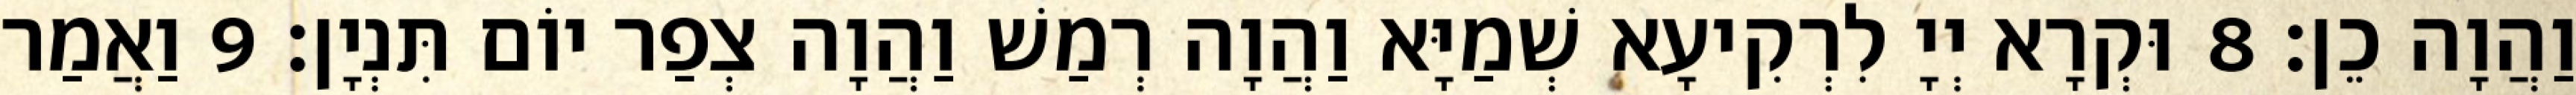
וַהֲוָה כֵן׃ 8 וּקְרָא יְיָ לִרְקִיעָא שְׁמַיָּא וַהֲוָה רְמַשׁ וַהֲוָה צְפַר יוֹם תִּנְיָן׃ 9 וַאֲמַר